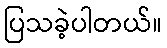
ပြသခဲ့ပါတယ်။